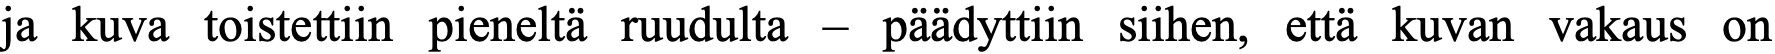
ja kuva toistettiin pieneltä ruudulta – päädyttiin siihen, että kuvan vakaus on